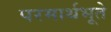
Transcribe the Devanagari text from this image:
परमार्थभूते